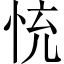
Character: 㤝